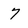
Character: 7